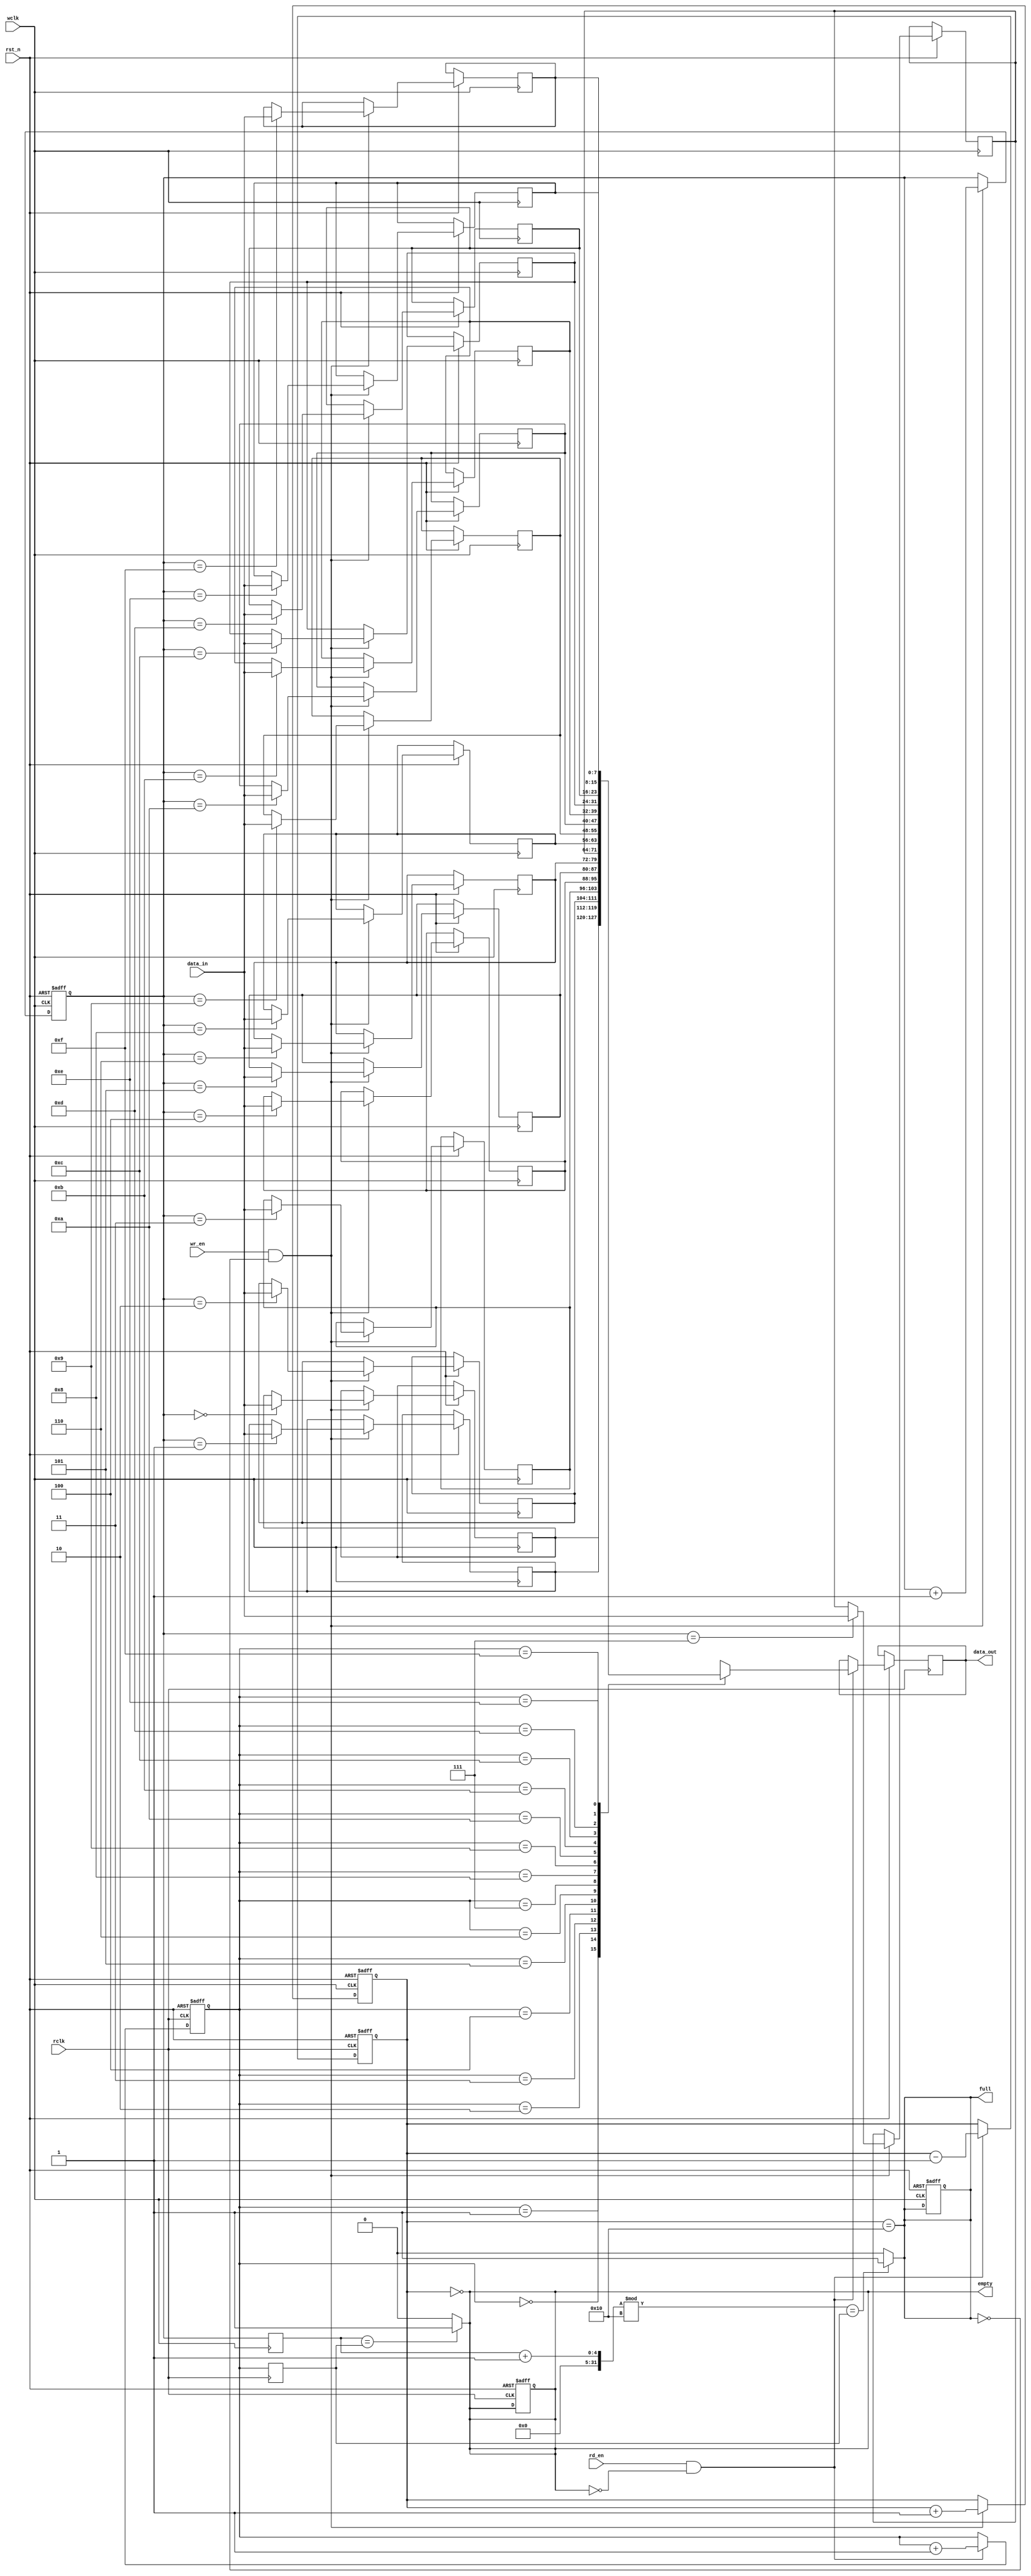
module dual_clock_fifo #(
    parameter DATA_WIDTH = 8,  // Width of the data
    parameter FIFO_DEPTH = 16   // Depth of the FIFO
)(
    input wire                  wclk,       // Write clock
    input wire                  rclk,       // Read clock
    input wire                  rst_n,      // Asynchronous reset (active low)
    input wire [DATA_WIDTH-1:0] data_in,   // Data input
    input wire                  wr_en,      // Write enable
    input wire                  rd_en,      // Read enable
    output reg [DATA_WIDTH-1:0] data_out,  // Data output
    output reg                  full,       // FIFO full flag
    output reg                  empty       // FIFO empty flag
);

    // Memory array
    reg [DATA_WIDTH-1:0] fifo_mem [0:FIFO_DEPTH-1];

    // Write and Read pointers
    reg [$clog2(FIFO_DEPTH)-1:0] wptr, rptr;
    reg [$clog2(FIFO_DEPTH)-1:0] wptr_sync, rptr_sync;

    // FIFO status
    reg [FIFO_DEPTH:0] fifo_count; // Count of items in FIFO

    // Asynchronous reset
    always @(posedge wclk or negedge rst_n) begin
        if (!rst_n) begin
            wptr <= 0;
            full <= 0;
            fifo_count <= 0;
        end else if (wr_en && !full) begin
            fifo_mem[wptr] <= data_in;
            wptr <= wptr + 1;
            fifo_count <= fifo_count + 1;
        end
    end

    always @(posedge rclk or negedge rst_n) begin
        if (!rst_n) begin
            rptr <= 0;
            empty <= 1;
            fifo_count <= 0;
        end else if (rd_en && !empty) begin
            data_out <= fifo_mem[rptr];
            rptr <= rptr + 1;
            fifo_count <= fifo_count - 1;
        end
    end

    // Full and Empty flag logic
    always @(*) begin
        full = (fifo_count == FIFO_DEPTH);
        empty = (fifo_count == 0);
    end

    // Synchronization of pointers
    always @(posedge wclk) begin
        wptr_sync <= wptr;
    end

    always @(posedge rclk) begin
        rptr_sync <= rptr;
    end

    // Pointer synchronization logic
    always @(*) begin
        if (wptr_sync == rptr_sync) begin
            empty = 1;
        end else begin
            empty = 0;
        end
        if ((wptr_sync + 1) % FIFO_DEPTH == rptr_sync) begin
            full = 1;
        end else begin
            full = 0;
        end
    end

endmodule